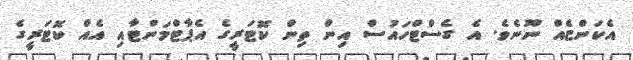
އެކަންޏެއް ނޫނެވެ. އެ ގެސްޓްހައުސް އިން ތިން ކޮޓަރީގެ އެޕާޓްމަންޓާއި އެއް ކޮޓަރީގެ